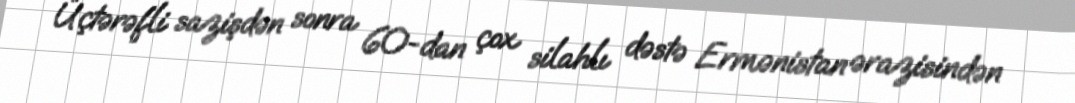
Üçtərəfli sazişdən sonra 60-dan çox silahlı dəstə Ermənistan ərazisindən